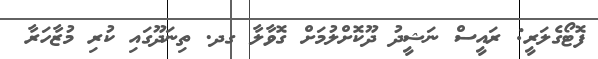
ފޮޓޯގެލަރީ: ރައީސް ނަޝީދު ދޫކޮށްލުމަށް ގޮވާލާ ގދ. ތިނަދޫގައި ކުރި މުޒާހަރާ